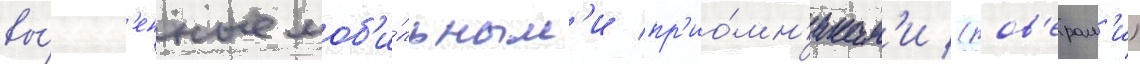
вы́полн'енные моб'и́льным'и пр'ио́мн'икам'и (ров'ерам'и)